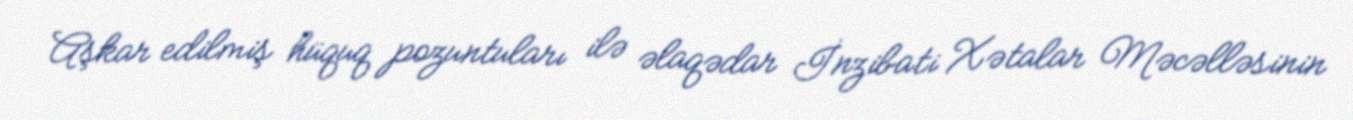
Aşkar edilmiş hüquq pozuntuları ilə əlaqədar İnzibati Xətalar Məcəlləsinin